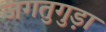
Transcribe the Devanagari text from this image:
जगतुगुड़ा